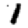
Digit: 1